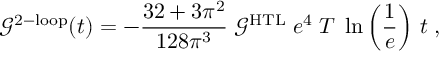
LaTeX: \mathcal { G } ^ { \mathrm { 2 - l o o p } } ( t ) = - \frac { 3 2 + 3 \pi ^ { 2 } } { 1 2 8 \pi ^ { 3 } } \; \mathcal { G } ^ { \mathrm { H T L } } \; e ^ { 4 } \; T \; \ln \left( \frac { 1 } { e } \right) \, t \; ,